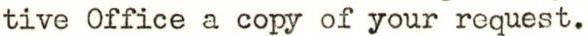
tive Office a copy of your request.